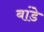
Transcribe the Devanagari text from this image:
बांडे